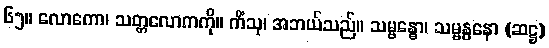
၆၅။ လောကော၊ သတ္တလောကကို။ ကိံသု၊ အဘယ်သည်။ သမ္ဗန္ဓော၊ သမ္ဗန္ဓနော (ဆဋ္ဌ)